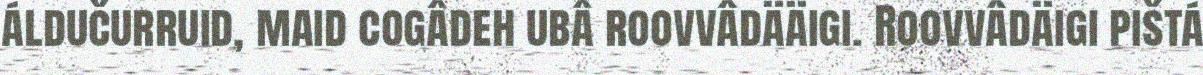
áldučurruid, maid cogâdeh ubâ roovvâdääigi. Roovvâdäigi pištá